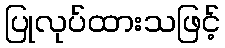
ပြုလုပ်ထားသဖြင့်